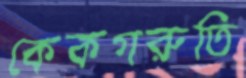
কেকগরুতি